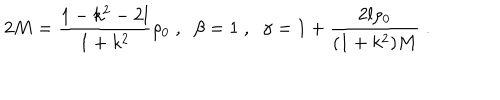
LaTeX: 2 M = \frac { 1 - k ^ { 2 } - 2 l } { 1 + k ^ { 2 } } \rho _ { 0 } \; , \; \; \beta = 1 \; , \; \; \gamma = 1 + \frac { 2 l \rho _ { 0 } } { ( 1 + k ^ { 2 } ) M } \; .